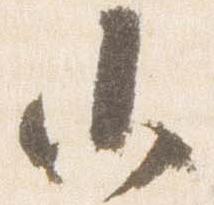
小